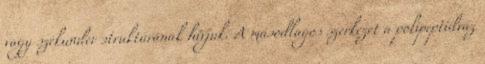
vagy szekunder struktúrának hívjuk. A másodlagos szerkezet a polipeptidváz